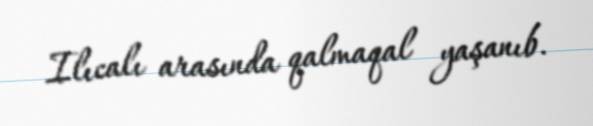
Ilıcalı arasında qalmaqal yaşanıb.